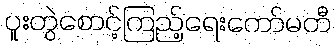
ပူးတွဲစောင့်ကြည့်ရေးကော်မတီ